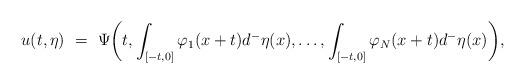
LaTeX: \begin{align*}u(t,\eta) \ = \ \Psi\bigg(t,\int_{[-t,0]}\varphi_1(x+t)d^-\eta(x),\ldots,\int_{[-t,0]}\varphi_N(x+t)d^-\eta(x)\bigg),\end{align*}